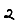
Digit: 2